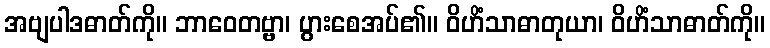
အဗျပါဒဓာတ်ကို။ ဘာဝေတဗ္ဗာ၊ ပွားစေအပ်၏။ ဝိဟိံသာဓာတုယာ၊ ဝိဟိံသာဓာတ်ကို။